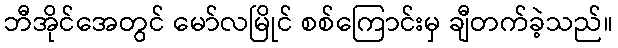
ဘီအိုင်အေတွင် မော်လမြိုင် စစ်ကြောင်းမှ ချီတက်ခဲ့သည်။